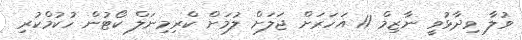
ވުލާ ވިދާޅުވީ ނާޒިމް 11 އަހަރަށް ޖަލަށް ލުމަށް ކްރިމިނަލް ކޯޓުން ހުކުމްކުރި